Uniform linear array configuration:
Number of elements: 64
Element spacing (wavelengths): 0.75
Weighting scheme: cosine
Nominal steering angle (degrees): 60
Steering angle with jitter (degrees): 58.123
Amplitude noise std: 0.05
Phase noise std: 0.05

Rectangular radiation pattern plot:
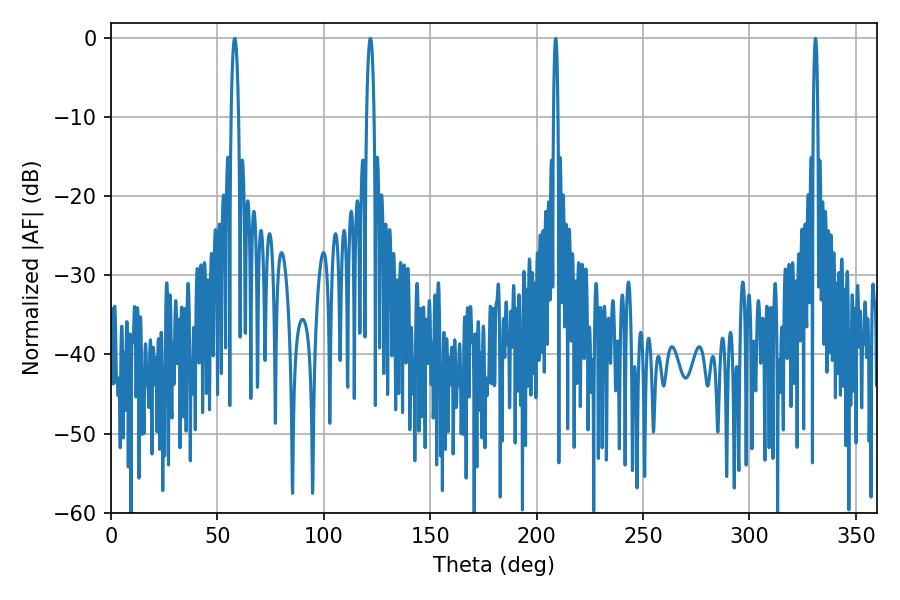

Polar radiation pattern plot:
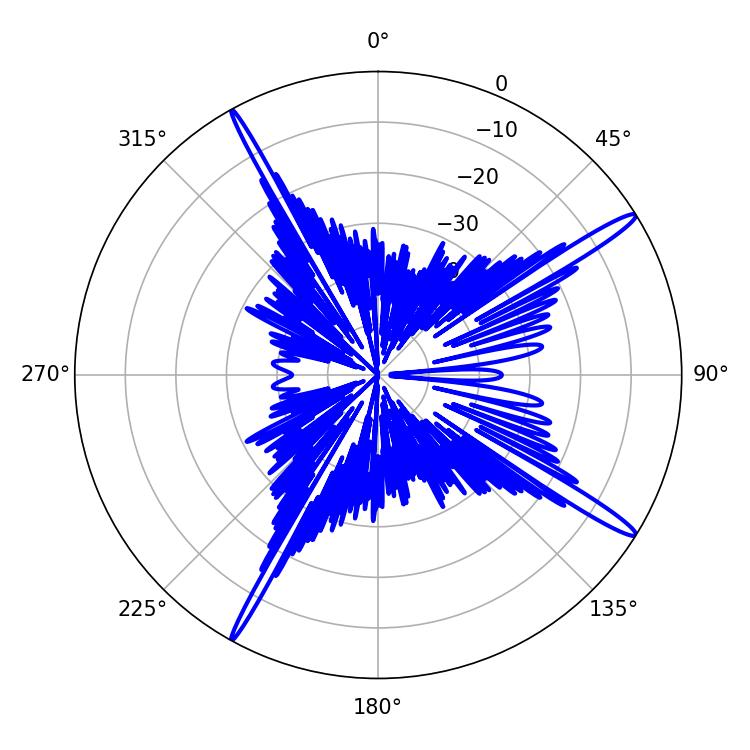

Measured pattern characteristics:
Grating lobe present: TRUE
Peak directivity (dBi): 16.538
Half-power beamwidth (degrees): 1.8
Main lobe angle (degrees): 58.14